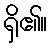
ရှိ၏။